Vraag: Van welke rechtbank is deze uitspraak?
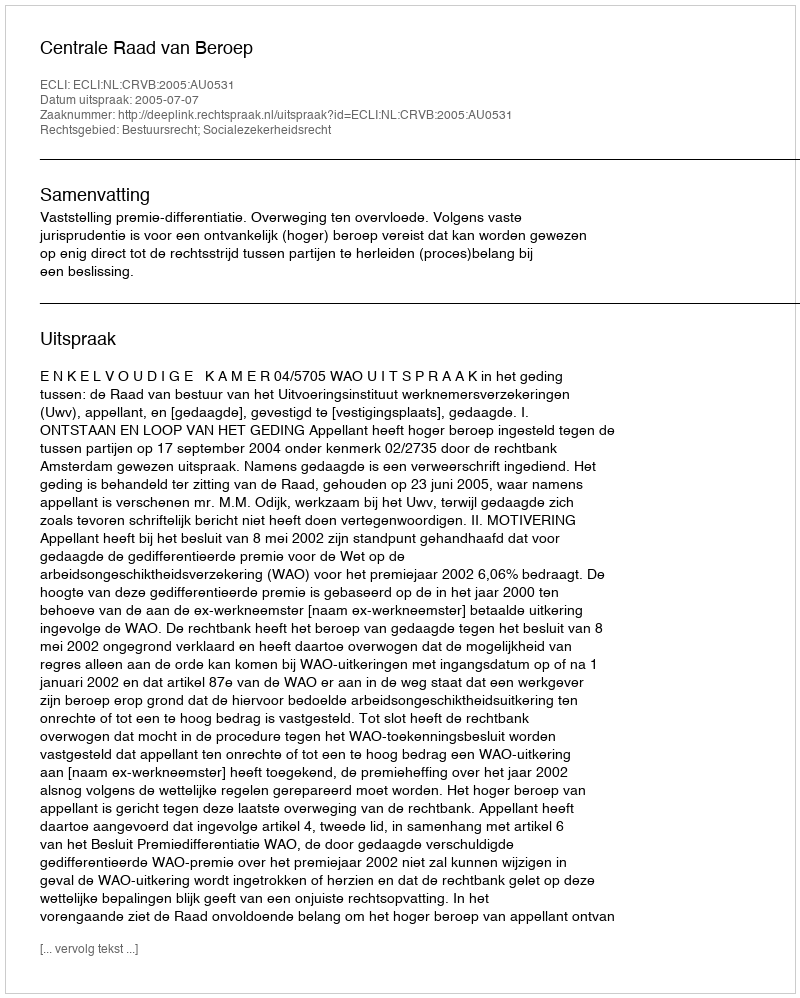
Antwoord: Centrale Raad van Beroep